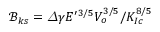
\mathcal { B } _ { k s } = \varDelta \gamma E ^ { \prime 3 / 5 } V _ { o } ^ { 3 / 5 } / K _ { I c } ^ { 8 / 5 }